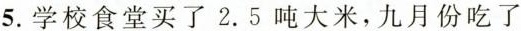
5.学校食堂买了2.5吨大米，九月份吃了